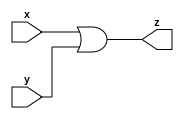
module gac_or_gate (x, y, z);
  input x;
  input y;
  output z;
  
  assign z = (x|y) ;
  
  
endmodule